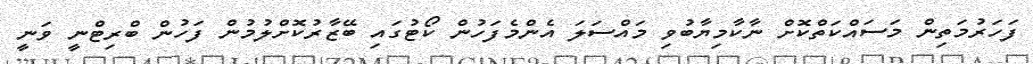
ފަހަރުމަތިން މަސައްކަތްކޮށް ނާކާމިޔާބުވި މައްސަލަ އެންމެފަހުން ކޯޓުގައި ބޭޒާރުކޮށްލުމުން ފަހުން ބްރިޓްނީ ވަނީ